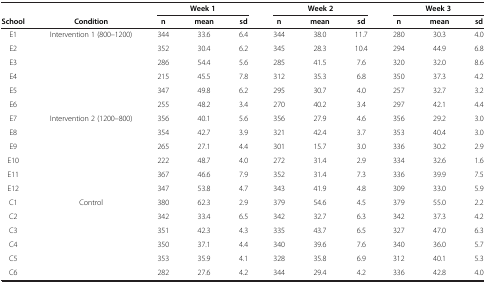
<table><thead><tr><td><b> </b></td><td><b> </b></td><td colspan="3"><b>Week 1</b></td><td colspan="3"><b>Week 2</b></td><td colspan="3"><b>Week 3</b></td></tr><tr><td><b>School</b></td><td><b>Condition</b></td><td><b>n</b></td><td><b>mean</b></td><td><b>sd</b></td><td><b>n</b></td><td><b>mean</b></td><td><b>sd</b></td><td><b>n</b></td><td><b>mean</b></td><td><b>sd</b></td></tr></thead><tbody><tr><td>E1</td><td rowspan="6">Intervention 1 (800–1200)</td><td>344</td><td>33.6</td><td>6.4</td><td>344</td><td>38.0</td><td>11.7</td><td>280</td><td>30.3</td><td>4.0</td></tr><tr><td>E2</td><td>352</td><td>30.4</td><td>6.2</td><td>345</td><td>28.3</td><td>10.4</td><td>294</td><td>44.9</td><td>6.8</td></tr><tr><td>E3</td><td>286</td><td>54.4</td><td>5.6</td><td>285</td><td>41.5</td><td>7.6</td><td>320</td><td>32.0</td><td>8.6</td></tr><tr><td>E4</td><td>215</td><td>45.5</td><td>7.8</td><td>312</td><td>35.3</td><td>6.8</td><td>350</td><td>37.3</td><td>4.2</td></tr><tr><td>E5</td><td>347</td><td>49.8</td><td>6.2</td><td>295</td><td>30.7</td><td>4.0</td><td>257</td><td>32.7</td><td>3.2</td></tr><tr><td>E6</td><td>255</td><td>48.2</td><td>3.4</td><td>270</td><td>40.2</td><td>3.4</td><td>297</td><td>42.1</td><td>4.4</td></tr><tr><td>E7</td><td rowspan="6">Intervention 2 (1200–800)</td><td>356</td><td>40.1</td><td>5.6</td><td>356</td><td>27.9</td><td>4.6</td><td>356</td><td>29.2</td><td>3.0</td></tr><tr><td>E8</td><td>354</td><td>42.7</td><td>3.9</td><td>321</td><td>42.4</td><td>3.7</td><td>353</td><td>40.4</td><td>3.0</td></tr><tr><td>E9</td><td>265</td><td>27.1</td><td>4.4</td><td>301</td><td>15.7</td><td>3.0</td><td>336</td><td>30.2</td><td>2.9</td></tr><tr><td>E10</td><td>222</td><td>48.7</td><td>4.0</td><td>272</td><td>31.4</td><td>2.9</td><td>334</td><td>32.6</td><td>1.6</td></tr><tr><td>E11</td><td>367</td><td>46.6</td><td>7.9</td><td>352</td><td>31.4</td><td>7.3</td><td>336</td><td>39.9</td><td>7.5</td></tr><tr><td>E12</td><td>347</td><td>53.8</td><td>4.7</td><td>343</td><td>41.9</td><td>4.8</td><td>309</td><td>33.0</td><td>5.9</td></tr><tr><td>C1</td><td rowspan="6">Control</td><td>380</td><td>62.3</td><td>2.9</td><td>379</td><td>54.6</td><td>4.5</td><td>379</td><td>55.0</td><td>2.2</td></tr><tr><td>C2</td><td>342</td><td>33.4</td><td>6.5</td><td>342</td><td>32.7</td><td>6.3</td><td>342</td><td>37.3</td><td>4.2</td></tr><tr><td>C3</td><td>351</td><td>42.3</td><td>4.3</td><td>335</td><td>43.7</td><td>6.5</td><td>327</td><td>47.0</td><td>6.3</td></tr><tr><td>C4</td><td>350</td><td>37.1</td><td>4.4</td><td>340</td><td>39.6</td><td>7.6</td><td>340</td><td>36.0</td><td>5.7</td></tr><tr><td>C5</td><td>353</td><td>35.9</td><td>4.1</td><td>328</td><td>35.8</td><td>6.9</td><td>312</td><td>40.1</td><td>5.3</td></tr><tr><td>C6</td><td>282</td><td>27.6</td><td>4.2</td><td>344</td><td>29.4</td><td>4.2</td><td>336</td><td>42.8</td><td>4.0</td></tr></tbody></table>